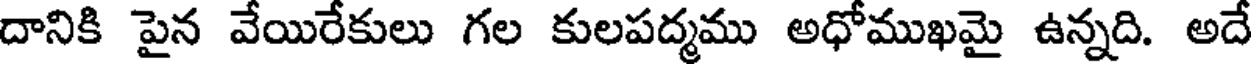
దానికి పైన వేయిరేకులు గల కులపద్మము అధోముఖమై ఉన్నది. అదే